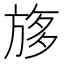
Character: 𣃽